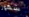
شهور